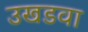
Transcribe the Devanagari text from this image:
उखडवा